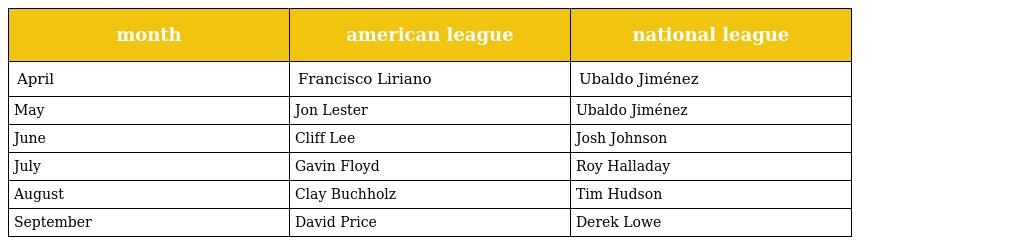
| month | american league | national league |
 | --- | --- | --- |
 | April | Francisco Liriano | Ubaldo Jiménez |
 | May | Jon Lester | Ubaldo Jiménez |
 | June | Cliff Lee | Josh Johnson |
 | July | Gavin Floyd | Roy Halladay |
 | August | Clay Buchholz | Tim Hudson |
 | September | David Price | Derek Lowe |